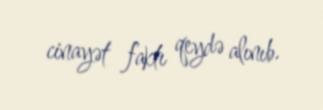
cinayət faktı qeydə alınıb.